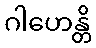
ဂါဟေန္တိ